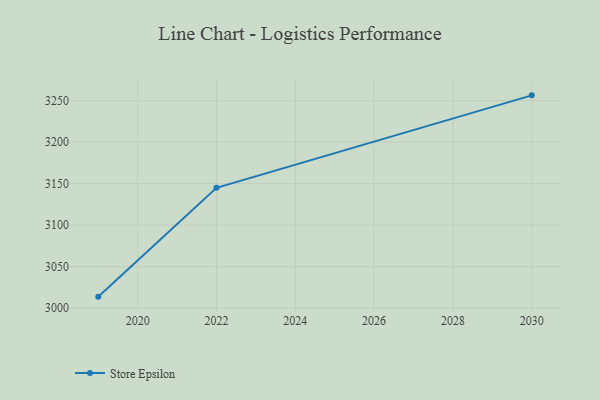
{"axis": {"x": "Year", "y": "Active Users"}, "legend": ["Store Epsilon"], "data": [{"x": "2030", "y": 3256.4, "type": "Store Epsilon"}, {"x": "2022", "y": 3144.9, "type": "Store Epsilon"}, {"x": "2019", "y": 3013.8, "type": "Store Epsilon"}]}